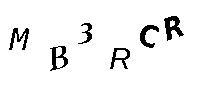
MB3RCR